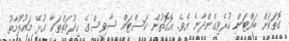
ގޮތަކަށް ބައްޓަން ކުރެވިގެންދާނެ އެވެ. އޮގޮތުން ކަސްޓަމް ސާވިސްގެ ހިދުމަތްތަކާ ގުޅޭ މައުލޫމާތު